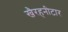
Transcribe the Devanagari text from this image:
खैरहनीटार